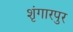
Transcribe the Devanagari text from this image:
शृंगारपुर